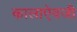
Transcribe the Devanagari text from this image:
कालाऐवजी